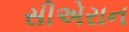
સીએરાન